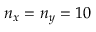
n _ { x } = n _ { y } = 1 0